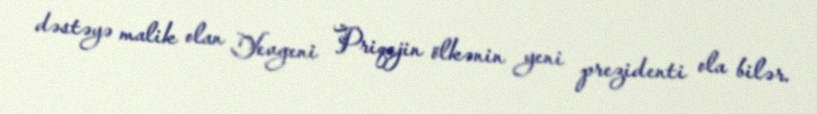
dəstəyə malik olan Yevgeni Priqojin ölkənin yeni prezidenti ola bilər.